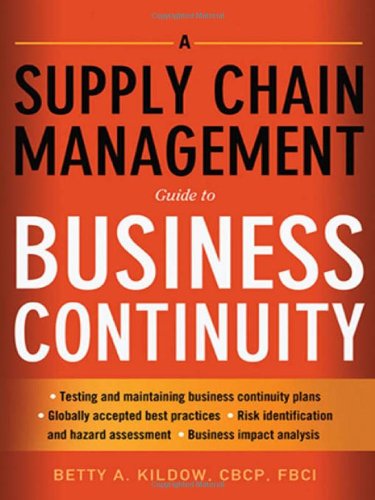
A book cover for A Supply Chain Management Guide to Business Continuity; Betty A. Kildow CBCP  FBCI; Business & Money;